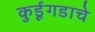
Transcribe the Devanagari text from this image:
कुर्डूगडाचे